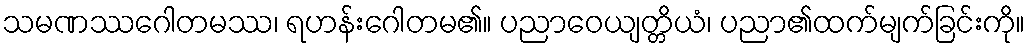
သမဏဿဂေါတမဿ၊ ရဟန်းဂေါတမ၏။ ပညာဝေယျတ္တိယံ၊ ပညာ၏ထက်မျက်ခြင်းကို။